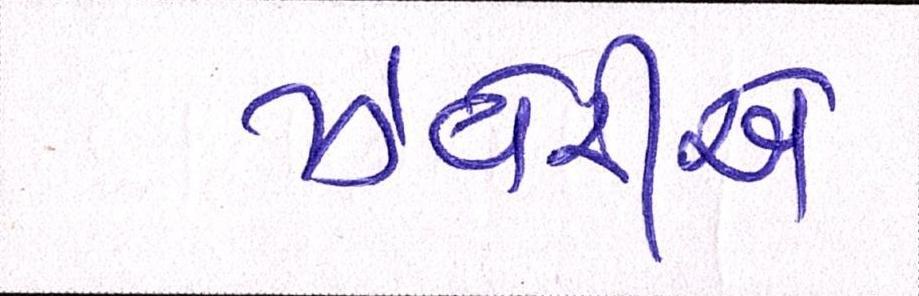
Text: ઝવેરીએ